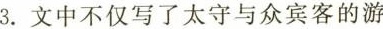
3.文中不仅写了太守与众宾客的游